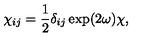
\chi _ { i j } = { \frac { 1 } { 2 } } \delta _ { i j } \exp ( 2 \omega ) \chi ,